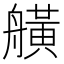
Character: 𦪗